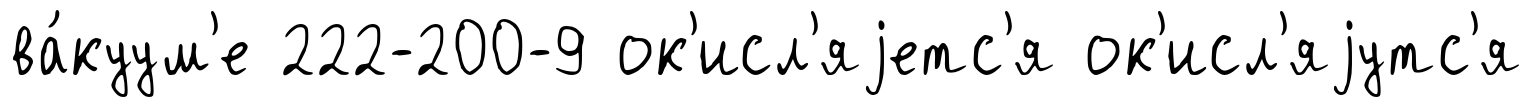
ва́куум'е 222-200-9 ок'исл'яjетс'я ок'исл'яjутс'я